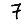
Digit: 7